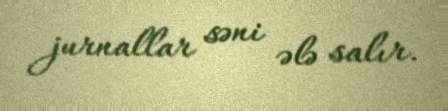
jurnallar səni ələ salır.